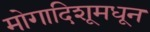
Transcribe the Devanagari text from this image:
मोगादिशूमधून